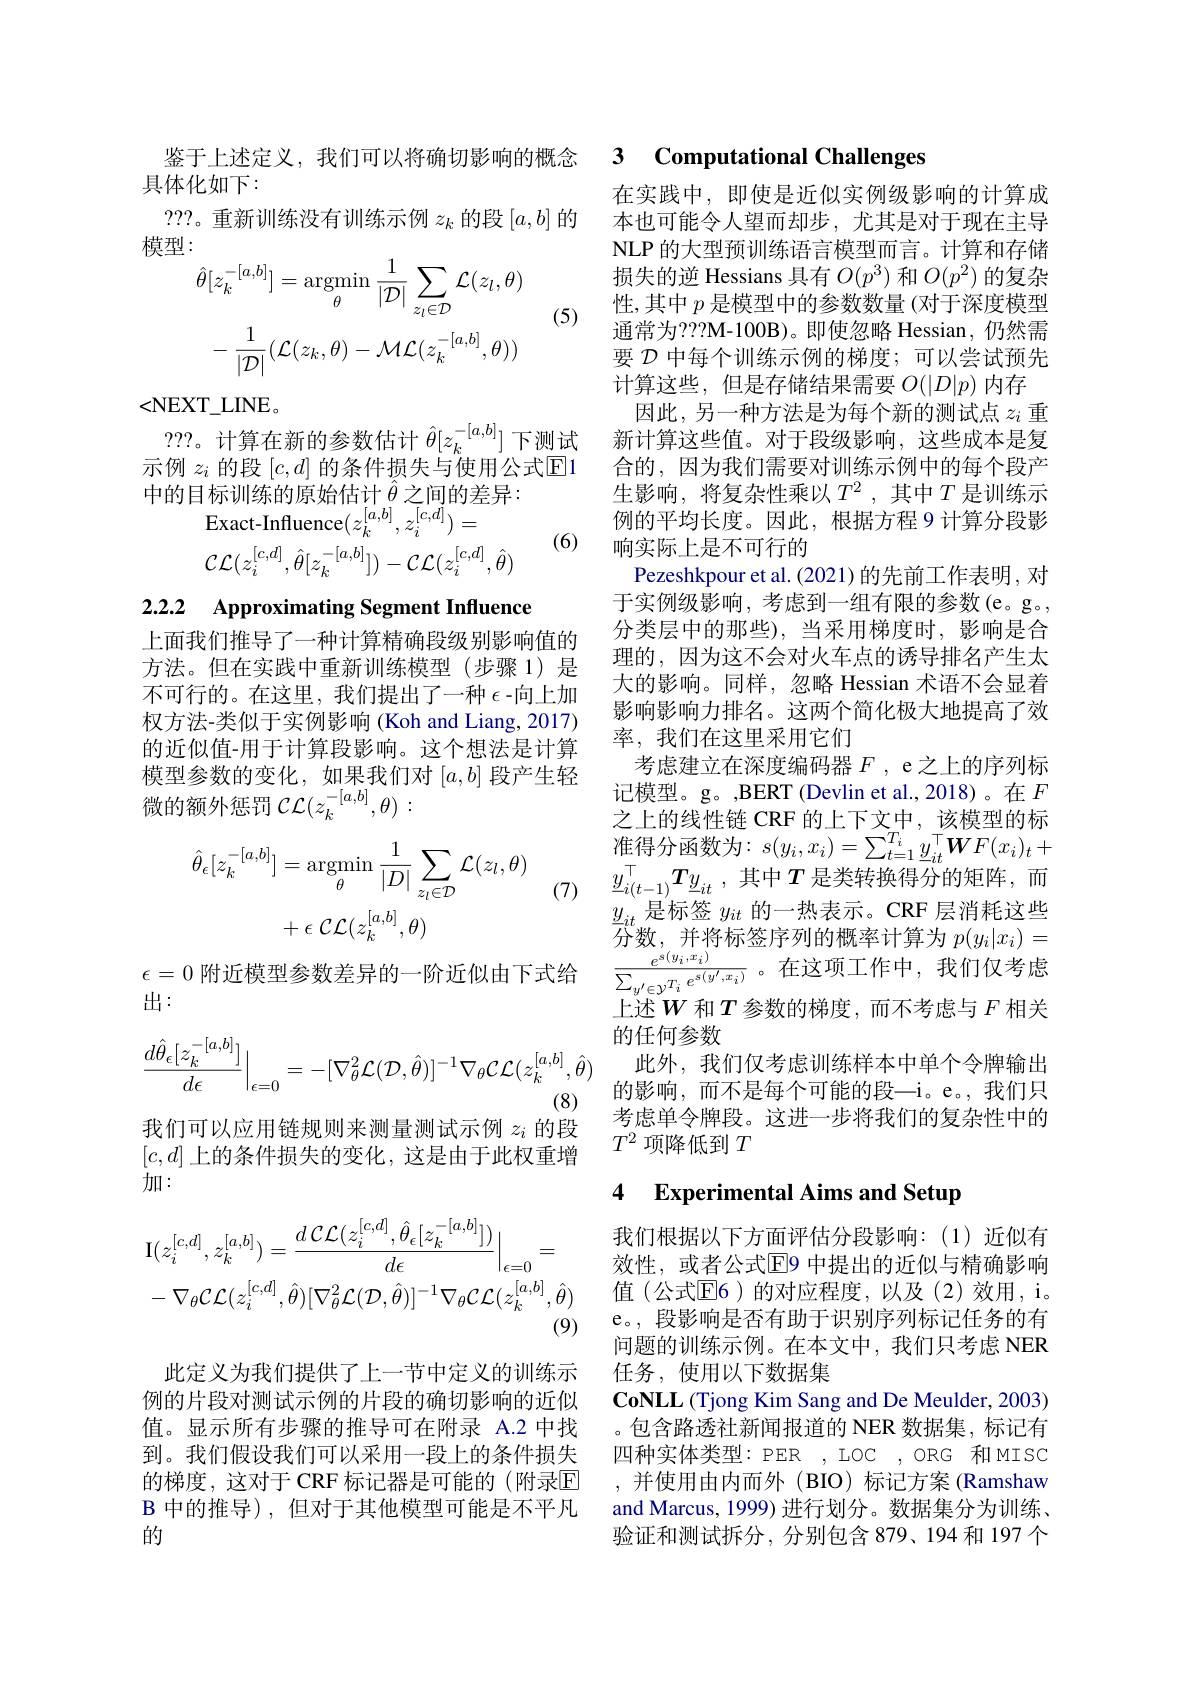
具体化如下：
???。重新训练没有训练示例$z_k$的段$[a,b]$的
模型：
$$\hat{\theta}[z_{k}^{-[a,b]}]=\underset{\theta}{\operatorname*{argmin}}\frac{1}{|\mathcal{D}|}\sum_{z_{l}\in\mathcal{D}}\mathcal{L}(z_{l},\theta)\\-\:\frac{1}{|\mathcal{D}|}(\mathcal{L}(z_{k},\theta)-\mathcal{M}\mathcal{L}(z_{k}^{-[a,b]},\theta))$$
(5)

<NEXT\_LINE。
???。计算在新的参数估计$\hat{\theta}[z_k^{-[a,b]}]$下测试示例$z_i$的段$[c,d]$的条件损失与使用公式$\overline{\mathrm{E}}$1中的目标训练的原始估计$\hat{\theta}$之间的差异：
$\operatorname{Exact-Influence}(z_{k}^{[a,b]},z_{i}^{[c,d]})=$

(6)
$$\mathcal{CL}(z_i^{[c,d]},\hat{\theta}[z_k^{-[a,b]}])-\mathcal{CL}(z_i^{[c,d]},\hat{\theta})$$
2.2.2 Approximating Segment Influence

上面我们推导了一种计算精确段级别影响值的方法。但在实践中重新训练模型(步骤 1)是不可行的。在这里，我们提出了一种$\epsilon$-向上加权方法-类似于实例影响(Koh and Liang, 2017) 的近似值-用于计算段影响。这个想法是计算模型参数的变化，如果我们对$[a,b]$段产生轻微的额外惩罚$\mathcal{C}(z_k^{-[a,b]},\theta):$
$$\begin{aligned}\hat{\theta}_{\epsilon}[z_{k}^{-[a,b]}]&=\underset{\theta}{\operatorname*{argmin}}\frac{1}{|D|}\sum_{z_{l}\in\mathcal{D}}\mathcal{L}(z_{l},\theta)\\&+\epsilon\:\mathcal{CL}(z_{k}^{[a,b]},\theta)\end{aligned}$$
(7)

$\epsilon=0$附近模型参数差异的一阶近似由下式给
出：
$$\frac{d\hat{\theta}_{\epsilon}[z_{k}^{-[a,b]}]}{d\epsilon}\Big|_{\epsilon=0}=-[\nabla_{\theta}^{2}\mathcal{L}(\mathcal{D},\hat{\theta})]^{-1}\nabla_{\theta}\mathcal{C}\mathcal{L}(z_{k}^{[a,b]},\hat{\theta})$$
我们可以应用链规则来测量测试示例$z_i$的段$[c,d]$上的条件损失的变化，这是由于此权重增加：
$$\mathrm{I}(z_{i}^{[c,d]},z_{k}^{[a,b]})=\frac{d\:\mathcal{CL}(z_{i}^{[c,d]},\hat{\theta}_{\epsilon}[z_{k}^{-[a,b]}])}{d\epsilon}\Big|_{\epsilon=0}=\\-\:\nabla_{\theta}\mathcal{CL}(z_{i}^{[c,d]},\hat{\theta})[\nabla_{\theta}^{2}\mathcal{L}(\mathcal{D},\hat{\theta})]^{-1}\nabla_{\theta}\mathcal{CL}(z_{k}^{[a,b]},\hat{\theta})\\\text{(9)}$$
此定义为我们提供了上一节中定义的训练示例的片段对测试示例的片段的确切影响的近似值。显示所有步骤的推导可在附录 A.2 中找到。我们假设我们可以采用一段上的条件损失的梯度，这对于 CRF 标记器是可能的(附录$\mathbb{E}$ B中的推导),但对于其他模型可能是不平凡的

鉴于上述定义，我们可以将确切影响的概念 3 $\textbf{Computational Challenges}$

在实践中，即使是近似实例级影响的计算成本也可能令人望而却步，尤其是对于现在主导NLP 的大型预训练语言模型而言。计算和存储损失的逆 Hessians 具有$O(p^3)$和$O(p^2)$的复杂性，其中$p$是模型中的参数数量 (对于深度模型通常为？??M-100B)。即使忽略 Hessian,仍然需要$\mathcal{D}$中每个训练示例的梯度；可以尝试预先计算这些，但是存储结果需要$O(|D|p)$内存
因此，另一种方法是为每个新的测试点$z_i$重新计算这些值。对于段级影响，这些成本是复合的，因为我们需要对训练示例中的每个段产生影响，将复杂性乘以$T^2$,其中$T$是训练示例的平均长度。因此，根据方程 9 计算分段影响实际上是不可行的
Pezeshkpour et al. (2021) 的先前工作表明，对$\dot{\text{于实例级影响，考虑到一组有限的参数(e。g。}}$, 分类层中的那些),当采用梯度时，影响是合理的，因为这不会对火车点的诱导排名产生太大的影响。同样，忽略 Hessian 术语不会显着影响影响力排名。这两个简化极大地提高了效率，我们在这里采用它们
考虑建立在深度编码器$F$ , e之上的序列标记模型。g。,BERT (Devlin et al.,2018)。在$F$ 之上的线性链 CRF 的上下文中，该模型的标准得分函数为$:s(y_i,x_i)=\sum_{t=1}^{T_i}\underline{y}_{it}^\top\boldsymbol{W}F(x_i)_t+$ $\underline {y}_{i( t- 1) }^{\top }\boldsymbol{T}\underline {y}_{it}$ , 其中$T$ 是类转换得分的矩阵，而$\underline{y}_{it}$是标签$y_{it}$的一热表示。CRF 层消耗这些$\overline{\text{分数，并将标签序列的概率计算为 }p}(y_{i}|x_{i})=$ $\frac{e^{s(y_{i},x_{i})}}{\sum_{y^{\prime}\in\mathcal{Y}^{T_{i}}}e^{s(y^{\prime},x_{i})}}$。在这项工作中，我们仅考虑上述$W$ 和$T$ 参数的梯度，而不考虑与 $F$ 相关的任何参数
此外，我们仅考虑训练样本中单个令牌输出的影响，而不是每个可能的段一i。e。,我们只考虑单令牌段。这进一步将我们的复杂性中的$T^2$项降低到$T$

### 4 Experimental Aims and Setup

我们根据以下方面评估分段影响：(1)近似有效性，或者公式$\overline{\mathrm{E}}$9 中提出的近似与精确影响值(公式$\mathbb{E}$6)的对应程度，以及(2)效用，i。e。, 段影响是否有助于识别序列标记任务的有问题的训练示例。在本文中，我们只考虑 NER 任务，使用以下数据集
$\mathbf{CoNLL}$ (Tjong Kim Sang and De Meulder, 2003) 。包含路透社新闻报道的 NER 数据集，标记有四种实体类型：PER , LOC , ORG 和 MISC ,并使用由内而外(BIO)标记方案(Ramshaw and Marcus, 1999) 进行划分。数据集分为训练、 验证和测试拆分，分别包含 879、194 和 197 个